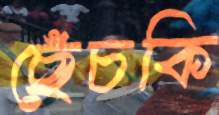
ছেঁচকি